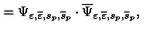
= \Psi _ { \varepsilon , \overline { { \varepsilon } } , s _ { p } , \overline { { s } } _ { p } } \cdot \overline { { \Psi } } _ { \varepsilon , \overline { { \varepsilon } } , s _ { p } , \overline { { s } } _ { p } } ,